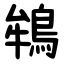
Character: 鴾